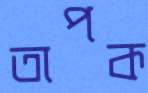
তাপক